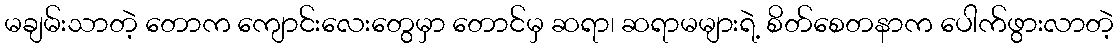
မချမ်းသာတဲ့ တောက ကျောင်းလေးတွေမှာ တောင်မှ ဆရာ၊ ဆရာမများရဲ့ စိတ်စေတနာက ပေါက်ဖွားလာတဲ့